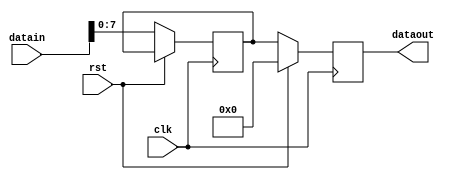
module par2serial(output reg[7:0] dataout, input[15:0] datain, input rst,clk);
reg[7:0] datainlsb;
reg[7:0] datainmsb;
always@(datain)
begin
datainmsb=datain[15:8];
datainlsb=datain[7:0];
end
always@(posedge clk)
begin
if(rst)
dataout=0;
else
begin
dataout=datainmsb;
datainmsb=datainlsb;
end
end
endmodule